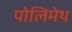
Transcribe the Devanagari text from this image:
पोलिमेथ